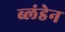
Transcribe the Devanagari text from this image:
ब्लंडेन